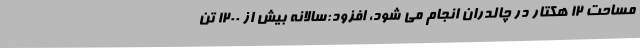
مساحت 12 هکتار در چالدران انجام می شود، افزود:سالانه بیش از 1200 تن